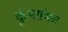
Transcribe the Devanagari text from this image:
कुंभसंभव